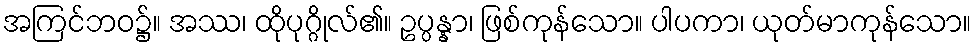
အကြင်ဘဝ၌။ အဿ၊ ထိုပုဂ္ဂိုလ်၏။ ဥပ္ပန္နာ၊ ဖြစ်ကုန်သော။ ပါပကာ၊ ယုတ်မာကုန်သော။